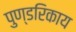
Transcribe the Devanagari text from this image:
पुण्डरिकाय